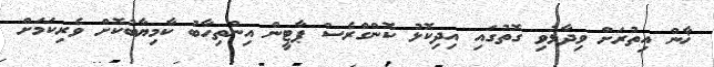
ޚާން އިތުރަށް ވިދާޅުވި ގޮތުގައި އިދިކޮޅު ކޮންގްރެސް ޕާޓީން އިންތިހާބު ކާމިޔާބުކޮށް ވެރިކަމަށް